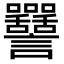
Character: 𧮥